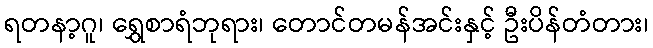
ရတနာ့ဂူ၊ ရွှေစာရံဘုရား၊ တောင်တမန်အင်းနှင့် ဦးပိန်တံတား၊